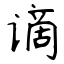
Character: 谪